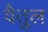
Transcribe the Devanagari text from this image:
वैतुल